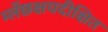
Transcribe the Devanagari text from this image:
म्लेंछक्षयदीक्षित